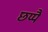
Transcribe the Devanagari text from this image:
छप्पै